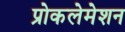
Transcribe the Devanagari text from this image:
प्रोकलेमेशन